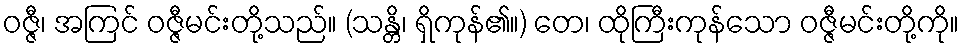
ဝဇ္ဇီ၊ အကြင် ဝဇ္ဇီမင်းတို့သည်။ (သန္တိ၊ ရှိကုန်၏။) တေ၊ ထိုကြီးကုန်သော ဝဇ္ဇီမင်းတို့ကို။